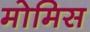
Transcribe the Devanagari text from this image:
मोमिस